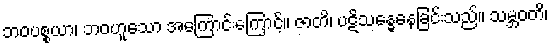
ဘဝပစ္စယာ၊ ဘဝဟူသော အကြောင်းကြောင့်။ ဇာတိ၊ ပဋိသန္ဓေနေခြင်းသည်။ သမ္ဘဝတိ၊